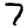
Digit: 7